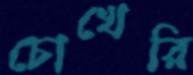
চোখেরি